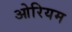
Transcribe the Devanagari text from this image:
ओरियम